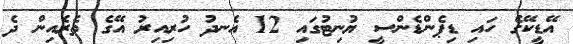
އޭޑީކޭގެ ހައި ޑިޕެންޑެންސީ ޔުނިޓުގައި 12 އެނދު ހުރިއިރު އޭގެ ތެރެއިން ދެ